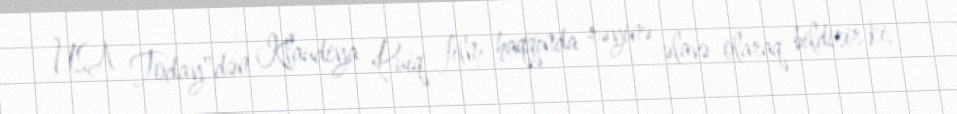
USA Today"dən Klaudiya Puiq film haqqında rəyinə əlavə olaraq bildirir ki,